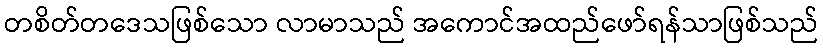
တစိတ်တဒေသဖြစ်သော လာမာသည် အကောင်အထည်ဖော်ရန်သာဖြစ်သည်